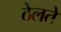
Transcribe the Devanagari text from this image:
ठेलते